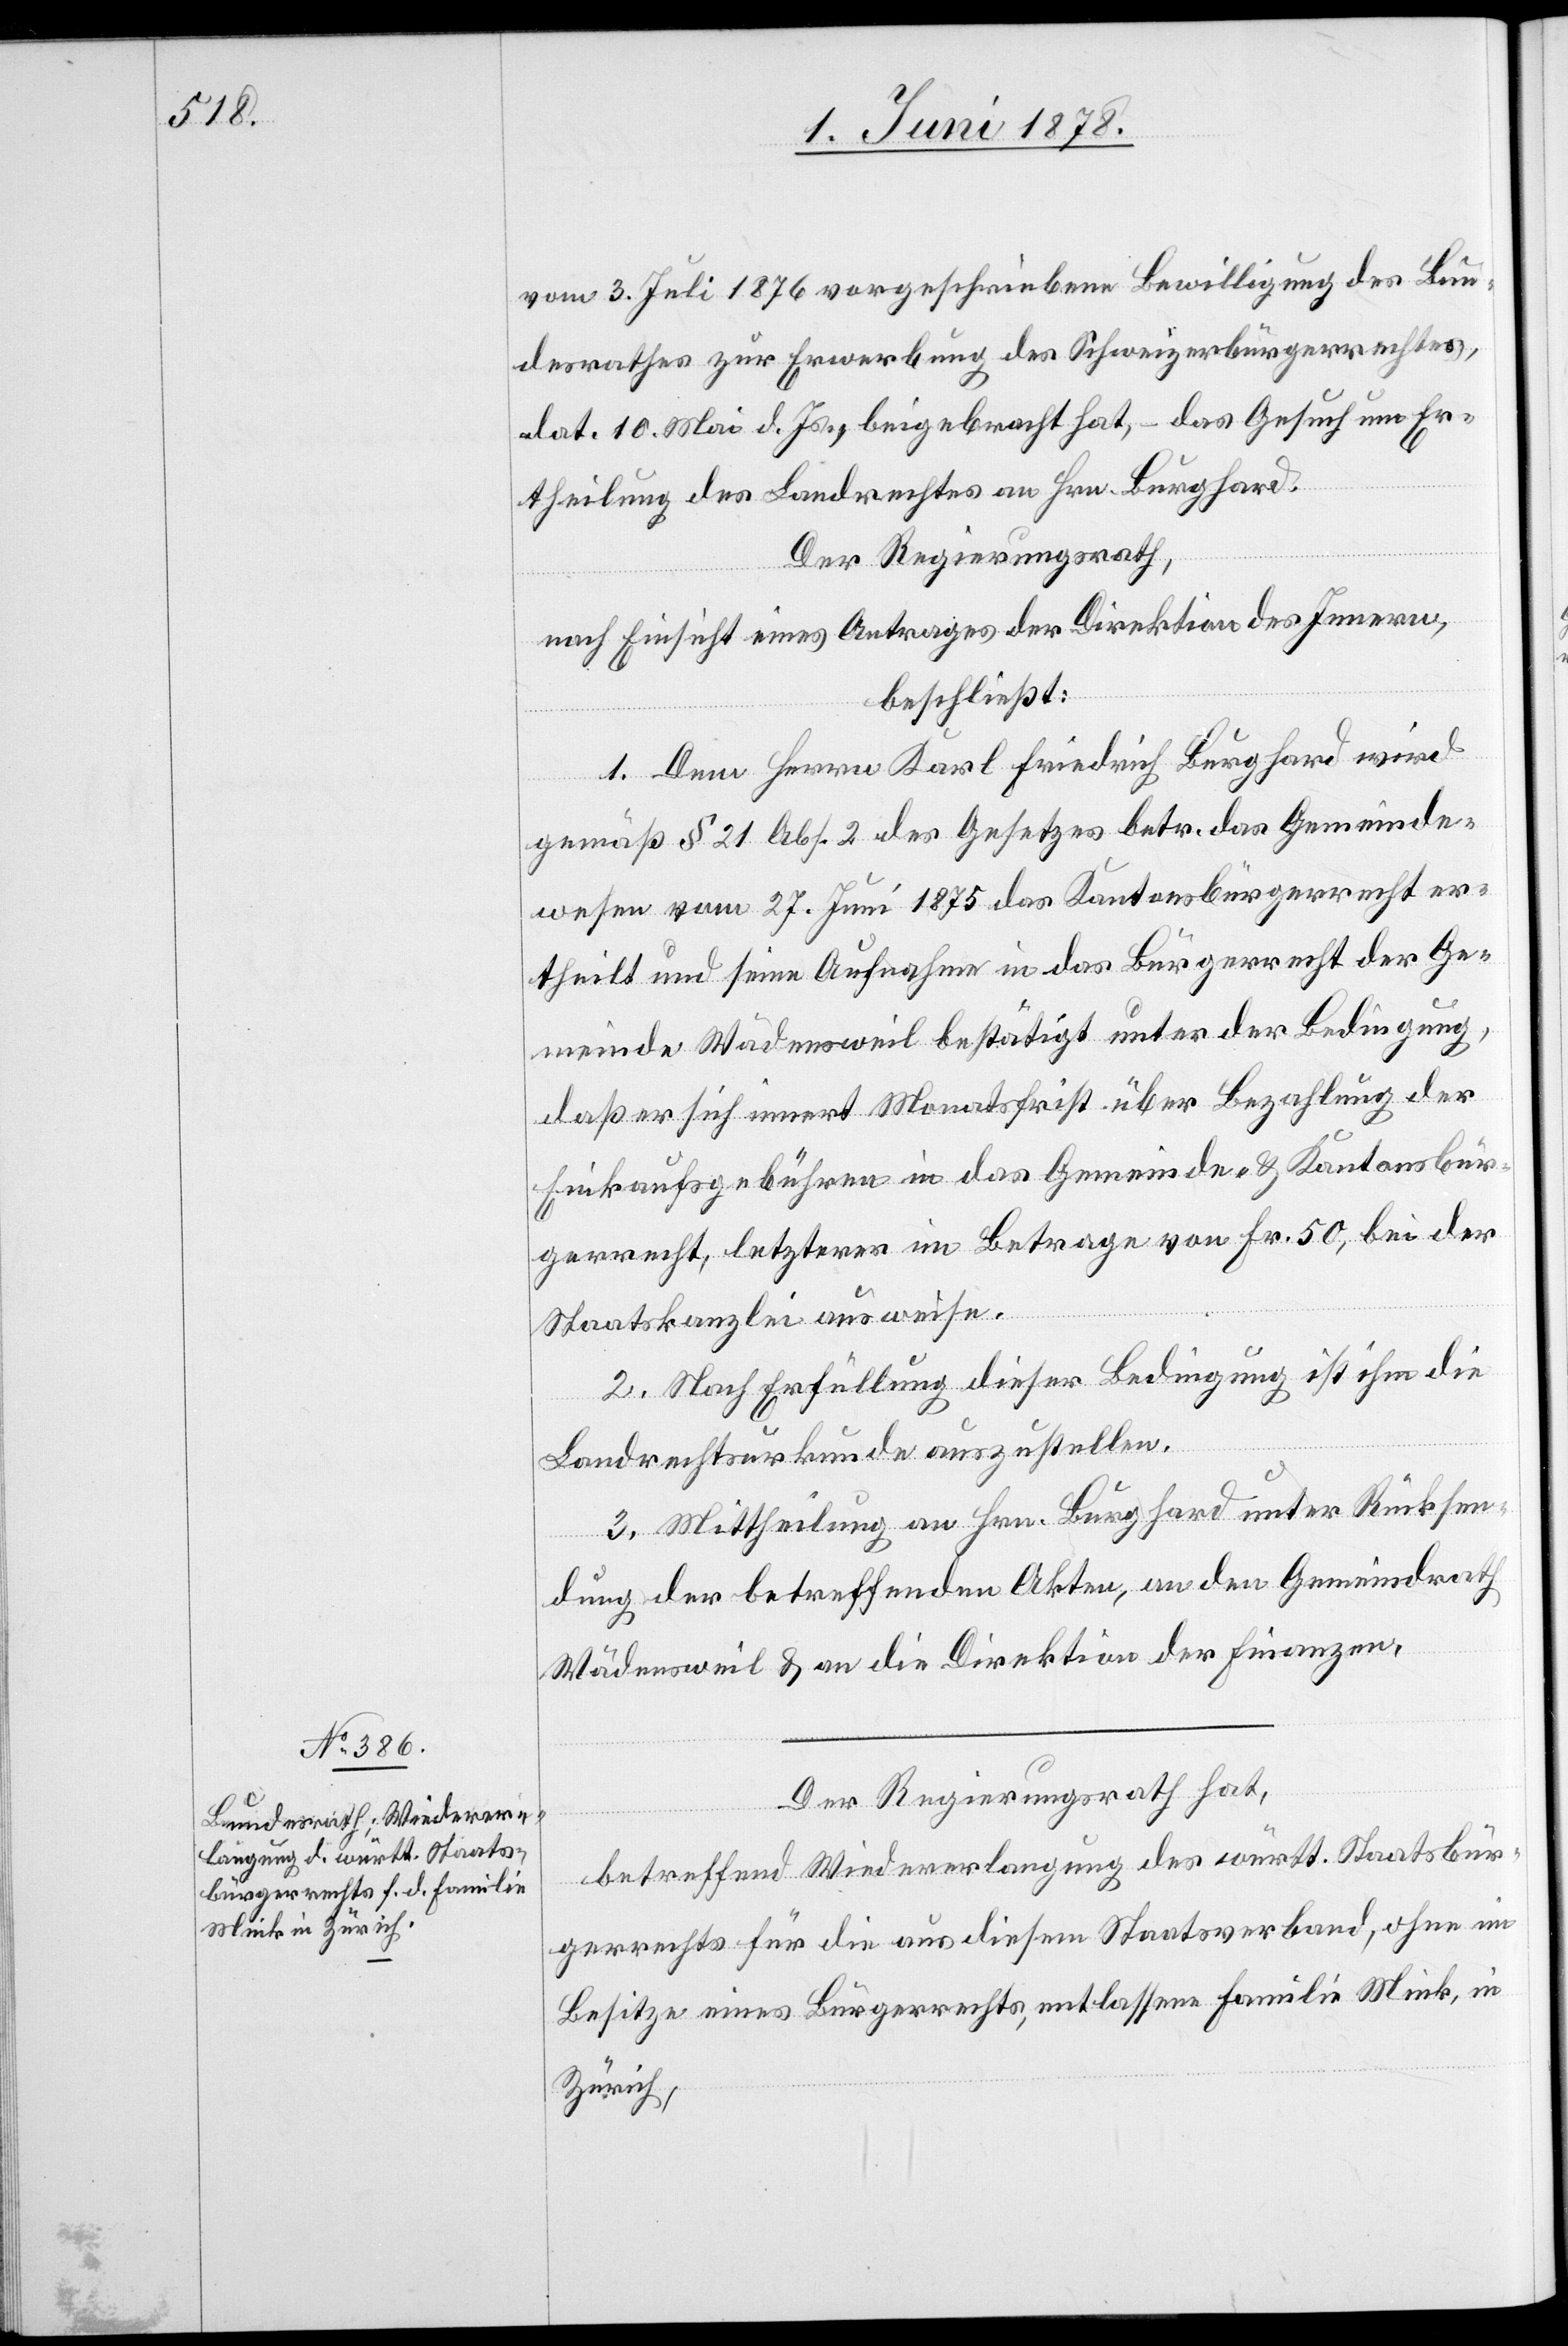
vom 3. Juli 1876 vorgeschriebene Bewilligung des Bun¬
desrathes zur Erwerbung des Schweizerbürgerrechtes,
dat. 10. Mai d. Js., beigebracht hat, – das Gesuch um Er¬
theilung des Landrechtes an Hrn. Burghard.
Der Regierungsrath,
nach Einsicht eines Antrages der Direktion des Innern,
beschließt:
1. Dem Herrn Karl Friedrich Burghard wird
gemäß § 21 Abs. 2 des Gesetzes betr. das Gemeinde¬
wesen vom 27. Juni 1875 das Kantonsbürgerrecht er¬
theilt und seine Aufnahme in das Bürgerrecht der Ge¬
meinde Wädensweil bestätigt unter der Bedingung,
daß er sich innert Monatsfrist über Bezahlung der
Einkaufsgebühren in das Gemeinde- & Kantonsbür¬
gerrecht, letzterer im Betrage von Fr. 50, bei der
Staatskanzlei ausweise.
2. Nach Erfüllung dieser Bedingung ist ihm die
Landrechtsurkunde auszustellen.
3. Mittheilung an Hrn. Burghard unter Rücksen¬
dung der betreffenden Akten, an den Gemeindrath
Wädensweil & an die Direktion der Finanzen.
Der Regierungsrath hat,
betreffend Wiedererlangung des württ. Staatsbür¬
gerrechts für die aus diesem Staatsverband, ohne im
Besitze eines Bürgerrechts, entlassene Familie Mink, in
Zürich,